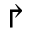
\Rsh